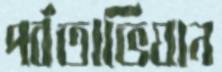
পর্বতাভিযান